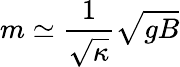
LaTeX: m\simeq\frac{1}{\sqrt{\kappa}}\sqrt{gB}